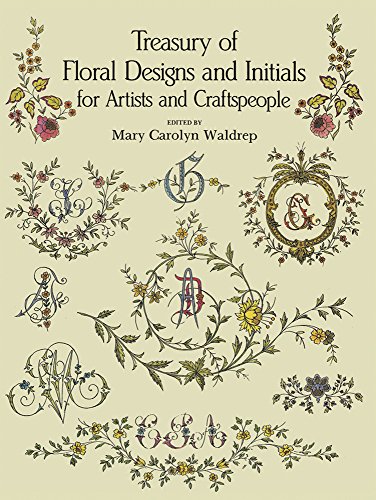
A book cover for Treasury of Floral Designs and Initials for Artists and Craftspeople (Dover Pictorial Archive); Arts & Photography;